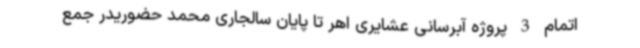
اتمام 3 پروژه آبرسانی عشایری اهر تا پایان سالجاری محمد حضوریدر جمع